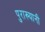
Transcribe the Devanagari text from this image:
पुराख्यानी